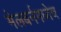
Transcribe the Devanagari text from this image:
मेलबर्नमध्येच